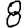
Digit: 8